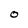
Character: 0